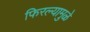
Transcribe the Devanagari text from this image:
फिरल्यामुळे